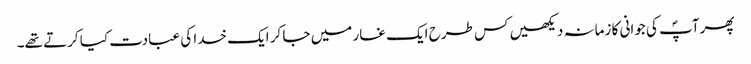
پھر آپؐ کی جوانی کا زمانہ دیکھیں کس طرح ایک غار میں جا کر ایک خدا کی عبادت کیا کرتے تھے۔